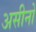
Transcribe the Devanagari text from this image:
असीनो